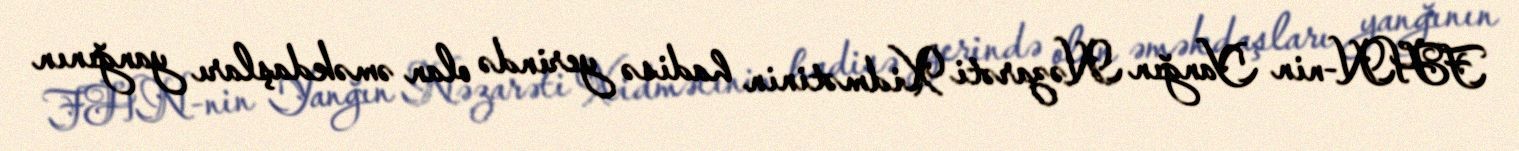
FHN-nin Yanğın Nəzarəti Xidmətinin hadisə yerində olan əməkdaşları yanğının